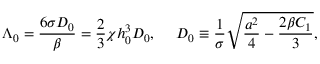
\Lambda _ { 0 } = \frac { 6 \sigma D _ { 0 } } { \beta } = \frac { 2 } { 3 } \chi h _ { 0 } ^ { 3 } D _ { 0 } , ~ ~ ~ ~ D _ { 0 } \equiv \frac { 1 } { \sigma } \sqrt { \frac { a ^ { 2 } } { 4 } - \frac { 2 \beta C _ { 1 } } { 3 } } ,